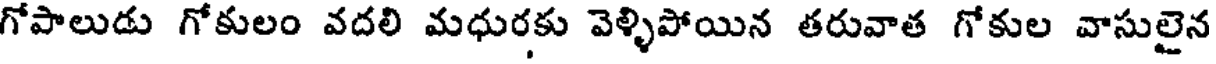
గోపాలుడు గోకులం వదలి మధురకు వెళ్ళిపోయిన తరువాత గోకుల వాసులైన